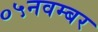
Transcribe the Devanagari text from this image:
०५नवम्बर